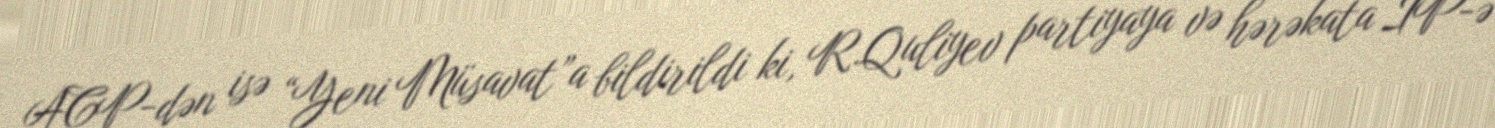
ACP-dən isə “Yeni Müsavat”a bildirildi ki, R.Quliyev partiyaya və hərəkata İP-ə